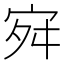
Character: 𭓬